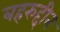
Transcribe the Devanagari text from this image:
बहरुद्दीन